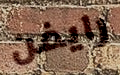
رايفن